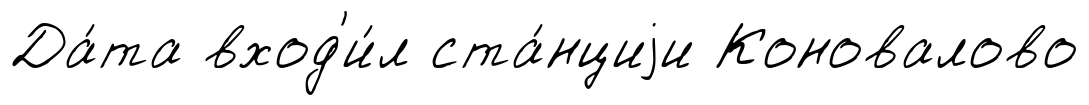
Да́та вход'и́л ста́нциjи Коновалово